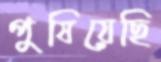
পুষিয়েছি